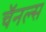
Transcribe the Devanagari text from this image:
चॅनल्स